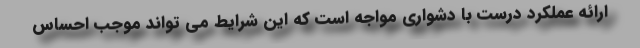
ارائه عملکرد درست با دشواری مواجه است که این شرایط می تواند موجب احساس